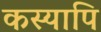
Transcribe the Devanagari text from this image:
कस्यापि